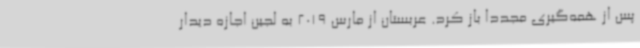
پس از همه‌گیری مجددا باز کرد. عربستان از مارس 2019 به لجین اجازه دیدار